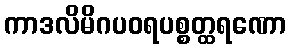
ကာဒလိမိဂပဝရပစ္စတ္ထရဏော